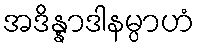
အဒိန္နာဒါနမ္ပာဟံ